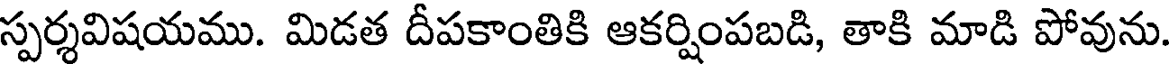
స్పర్శవిషయము. మిడత దీపకాంతికి ఆకర్షింపబడి, తాకి మాడి పోవును